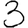
Digit: 3